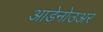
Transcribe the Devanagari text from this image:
आडेनोउअर